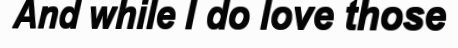
And while I do love those